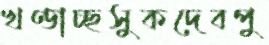
খণ্ডাচ্ছসুকদেবপু